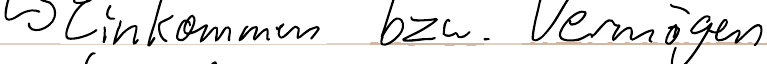
-> Einkommen bzw. Vermögen